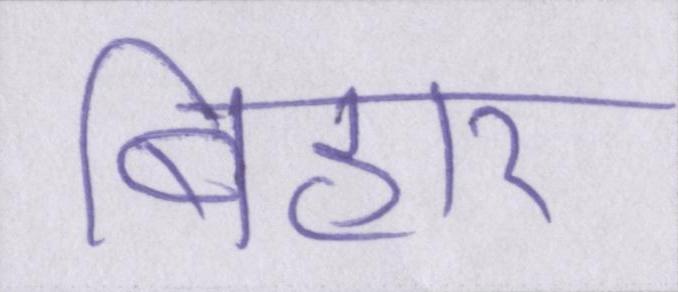
बिहार